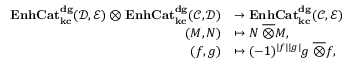
\begin{array} { r l } { { \bf E n h C a t _ { k c } ^ { d g } } ( { \mathcal { D } } , { \mathcal { E } } ) \otimes { \bf E n h C a t _ { k c } ^ { d g } } ( { \mathcal { C } } , { \mathcal { D } } ) } & { \rightarrow { \bf E n h C a t _ { k c } ^ { d g } } ( { \mathcal { C } } , { \mathcal { E } } ) } \\ { ( M , N ) } & { \mapsto N { \; \overline { { \otimes } } } M , } \\ { ( f , g ) } & { \mapsto ( - 1 ) ^ { | f | | g | } g { \; \overline { { \otimes } } } f , } \end{array}